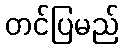
တင်ပြမည်